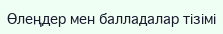
Өлеңдер мен балладалар тізімі